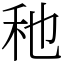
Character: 䄬